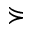
\curlyeqsucc